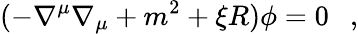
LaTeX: (-\nabla^{\mu}\nabla_{\mu}+m^{2}+\xi R)\phi=0~~~,